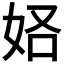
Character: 𫰚